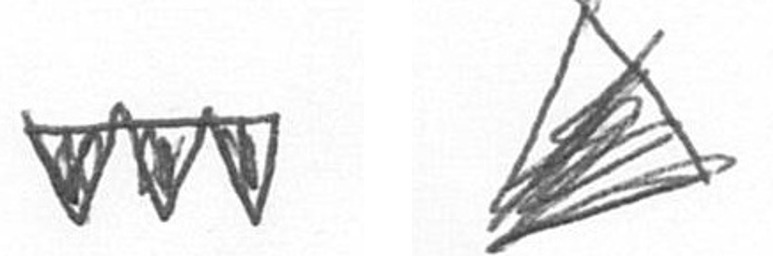
L O